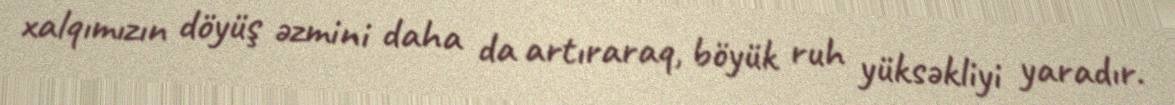
xalqımızın döyüş əzmini daha da artıraraq, böyük ruh yüksəkliyi yaradır.